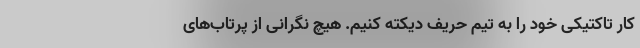
کار تاکتیکی خود را به تیم حریف دیکته کنیم. هیچ نگرانی از پرتاب‌های